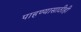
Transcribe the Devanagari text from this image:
पाहण्यासाठीही